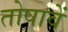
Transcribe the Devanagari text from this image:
तोषावें